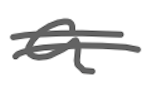
Text: a
Cross-out: double-line
Writing tool: digital_gray